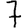
Digit: 7